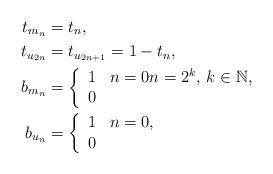
LaTeX: \begin{align*}t_{m_{n}} &= t_n, \\t_{u_{2n}} &= t_{u_{2n+1}} = 1 - t_n, \\b_{m_{n}} &= \left\{ \begin{array}{ll} 1 & n = 0 n = 2^k, \, k \in \mathbb{N}, \\ 0 & \end{array} \right. \\b_{u_{n}} &= \left\{ \begin{array}{ll} 1 & n = 0, \\ 0 & \end{array} \right. \end{align*}